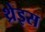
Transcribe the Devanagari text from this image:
थ्रेइस